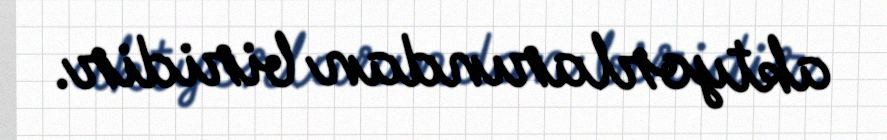
aktyorlarından biridir.